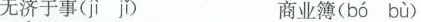
无济于事( jì jǐ ) 商业簿( bó bù )